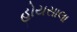
હોયસાલા